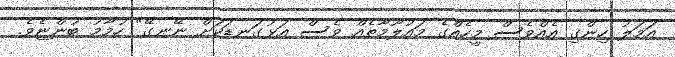
އަމަލު ހިންގި އެއްވެސް މީހެއްގެ މައުލޫމާތެއް ވެސް އަޅުގަނޑަކަށް ނޭނގޭ" ހުމާމު ބުންޏެވެ.